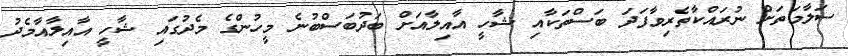
ސަލާމަތަށް ނުރައްކާތެރިވާފަދަ ބަސްތަކާއި ޝާހީ އާއިލާއަށް ބަދުބަސްބުނެ މީހުންގެ މެދުގައި ޝާހީ އާއިލާއާމެދު